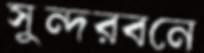
সুন্দরবনে